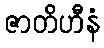
ဇာတိဟီနံ